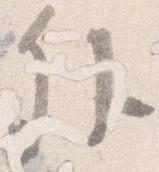
外